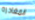
المغادره